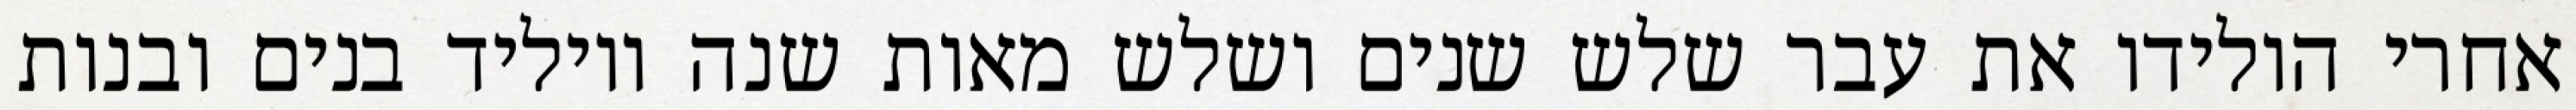
אחרי הולידו את עבר שלש שנים ושלש מאות שנה ויוליד בנים ובנות